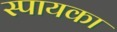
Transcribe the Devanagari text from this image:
स्पायका